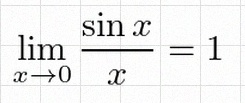
\lim_{x\to0}\frac{\sin x}{x}=1